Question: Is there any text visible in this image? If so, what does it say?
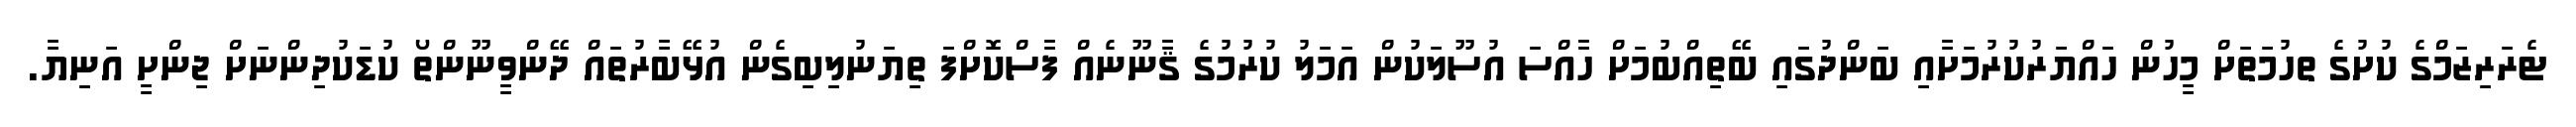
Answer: ޓެރަރިޒަމްގެ ކުށުގެ ތހުމަތަށް މީހުން ހައްޔަރުކުރުމަށާއި ބަންދުގައި ބޭތިއްބުމަށް ހާއްސަ އުސޫލަކުން އަމަލު ކުރުމުގެ ޤާނޫނެއް ފާސްކޮށްފަ ތިޔަނުލިބިގެން އުޅޭބާރުތައް ދޭންވީނޫންތޯ ކުޑަކުދިންނަށް ޖިންށީ އަނިޔާ.